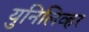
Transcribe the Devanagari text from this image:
युनिलिव्हर